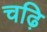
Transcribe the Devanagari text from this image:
चढ़ि